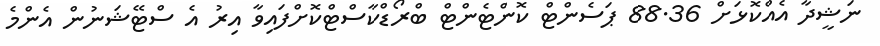
ނަޝީދާ އެއްކޮޅަށް 88.36 ޕަސެންޓް ކޮންޓެންޓް ބްރޯޑްކާސްޓްކޮށްފައިވާ އިރު އެ ސްޓޭޝަނުން އެންމެ